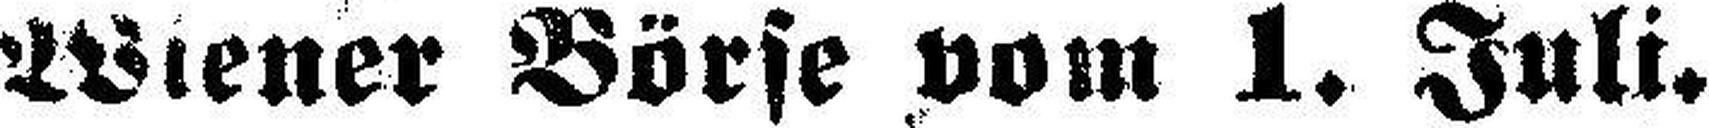
Wiener Börse vom 1. Juli.